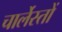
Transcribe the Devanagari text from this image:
चार्लेस्तों